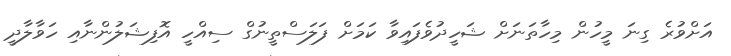
އަށްވުރެ ގިނަ މީހުން މިހާތަނަށް ޝަހީދުވެފައިވާ ކަމަށް ފަލަސްތީނުގް ސިއްހީ އޮފިޝަލުންނާއި ހަވާލާދީ